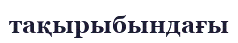
тақырыбындағы